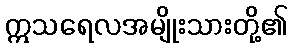
ဣသရေလအမျိုးသားတို့၏